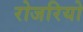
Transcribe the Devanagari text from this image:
रोजरियो